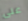
على